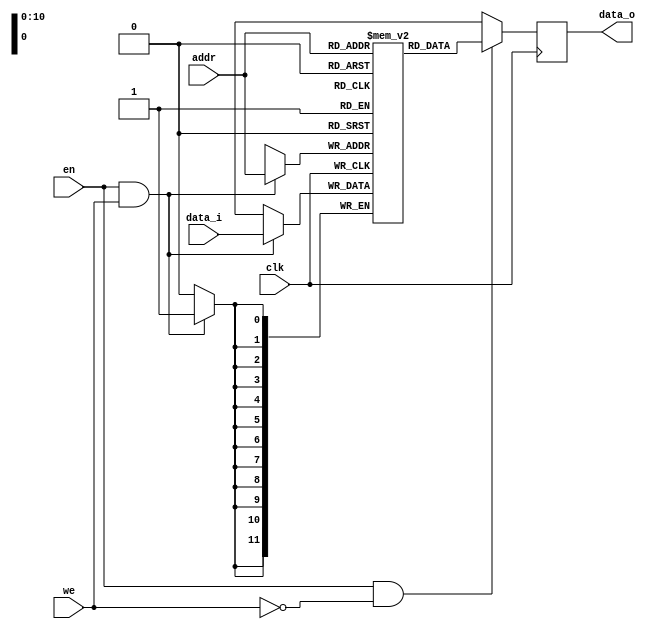
module sram #(parameter DATA_WIDTH = 12, ADDR_WIDTH = 11, RAM_SIZE = 2048) (
  input                       clk   ,
  input                       we    ,
  input                       en    ,
  input      [ADDR_WIDTH-1:0] addr  ,
  input      [DATA_WIDTH-1:0] data_i,
  output reg [DATA_WIDTH-1:0] data_o
);

// Declareation of the memory cells
reg [DATA_WIDTH-1 : 0] RAM [RAM_SIZE - 1:0];

// ------------------------------------
// SRAM cell initialization
// ------------------------------------
// Initialize the sram cells with the values defined in "image.dat."
// initial begin
//     $readmemh("signals.mem", RAM);
// end

// ------------------------------------
// SRAM read operation
// ------------------------------------
always@(posedge clk)
begin
  if(en & ~we)
    data_o <= RAM[addr];
  else 
    data_o <= {(DATA_WIDTH){1'bx}};
end

// ------------------------------------
// SRAM write operation
// ------------------------------------
always@(posedge clk)
begin
  if (en & we)
    RAM[addr] <= data_i;
end

endmodule